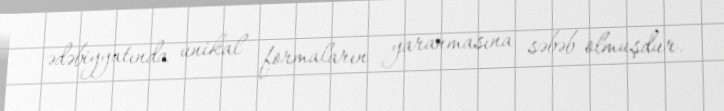
ədəbiyyatında unikal formaların yaranmasına səbəb olmuşdur.